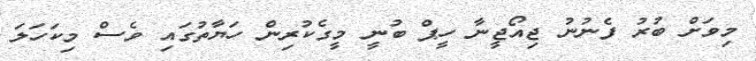
މިވަށް ބުރު ފެނުނު ޖިއޯޖީނާ ހީޕް ބުނީ މީގެކުރިން ހަޔާތުގައި ވެސް މިކަހަލަ